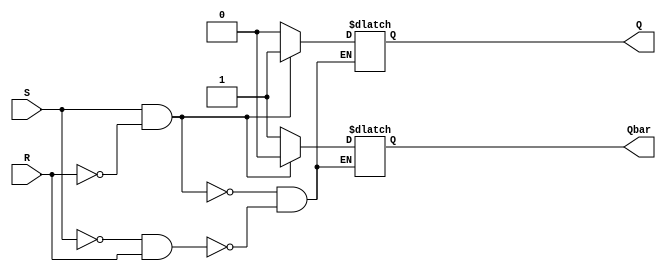
module sr_flipflop(input S, input R, output reg Q, output reg Qbar);

always @(S, R)
begin
  if (S && !R)
  begin
    Q <= 1;
    Qbar <= 0;
  end
  else if (!S && R)
  begin
    Q <= 0;
    Qbar <= 1;
  end
  else
  begin
    Q <= Q;
    Qbar <= Qbar;
  end
end

endmodule